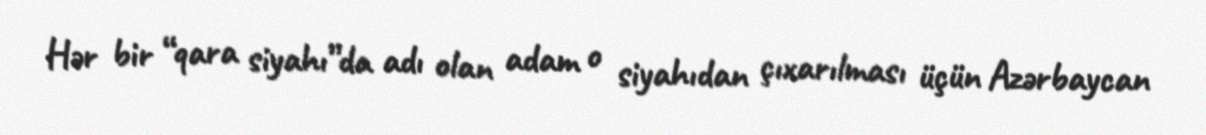
Hər bir “qara siyahı”da adı olan adam o siyahıdan çıxarılması üçün Azərbaycan